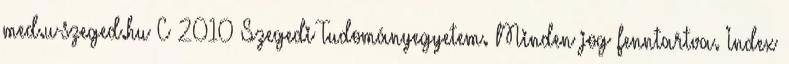
med.u-szeged.hu C 2010 Szegedi Tudományegyetem. Minden jog fenntartva. Index